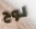
لوح